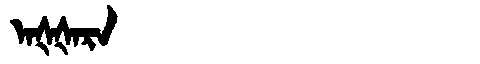
Manchu: ᠠᡧᡧᠠᡵᠠ
Romanization: AŠŠARA